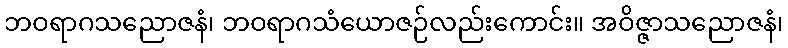
ဘဝရာဂသညောဇနံ၊ ဘဝရာဂသံယောဇဉ်လည်းကောင်း။ အဝိဇ္ဇာသညောဇနံ၊